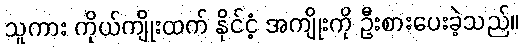
သူကား ကိုယ်ကျိုးထက် နိုင်ငံ့ အကျိုးကို ဦးစားပေးခဲ့သည်။